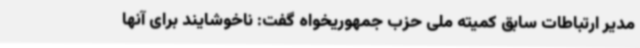
مدیر ارتباطات سابق کمیته ملی حزب جمهوریخواه گفت: ناخوشایند برای آنها